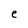
Character: e